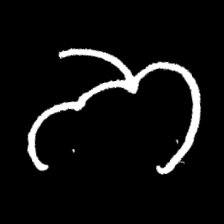
Pyu character \u2014 Myanmar letter: ဘ (romanized: bha)